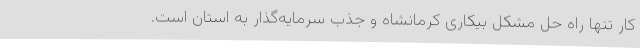
کار تنها راه حل مشکل بیکاری کرمانشاه و جذب سرمایه‌گذار به استان است.